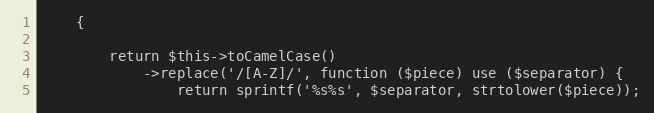
Language: PHP
    {

        return $this->toCamelCase()
            ->replace('/[A-Z]/', function ($piece) use ($separator) {
                return sprintf('%s%s', $separator, strtolower($piece));